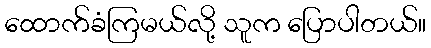
ထောက်ခံကြမယ်လို့ သူက ပြောပါတယ်။